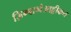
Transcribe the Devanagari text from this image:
ज़िम्बाब्वेअफ़्रीकन